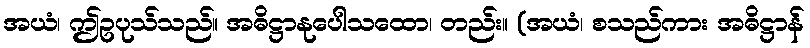
အယံ၊ ဤဥပုသ်သည်။ အဓိဋ္ဌာနုပေါသထော၊ တည်း။ (အယံ၊ စသည်ကား အဓိဋ္ဌာန်